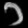
Digit: ၁